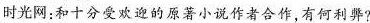
时光网:和十分受欢迎的原著小说作者合作,有何利弊